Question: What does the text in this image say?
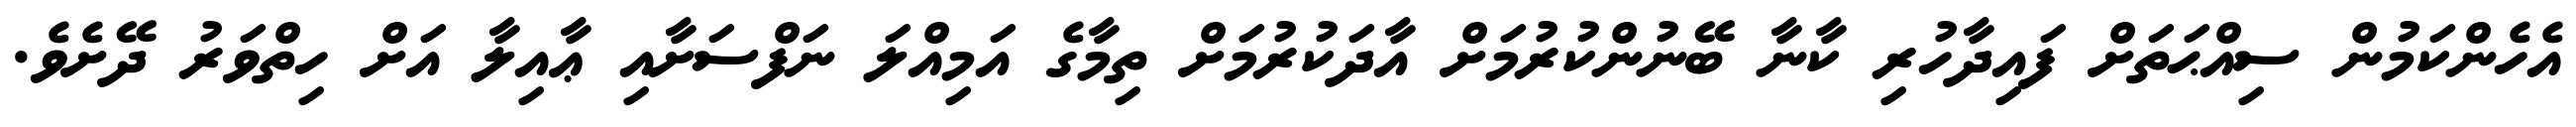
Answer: އެހެންކަމުން ސިއްޙަތަށް ފައިދާހުރި ކާނާ ބޭނުންކުރުމަށް އާދަކުރުމަށް ތިމާގެ އަމިއްލަ ނަފްސަށާއި ޢާއިލާ އަށް ހިތްވަރު ދޭށެވެ.